Malarial fevers
Disease focus: Malaria
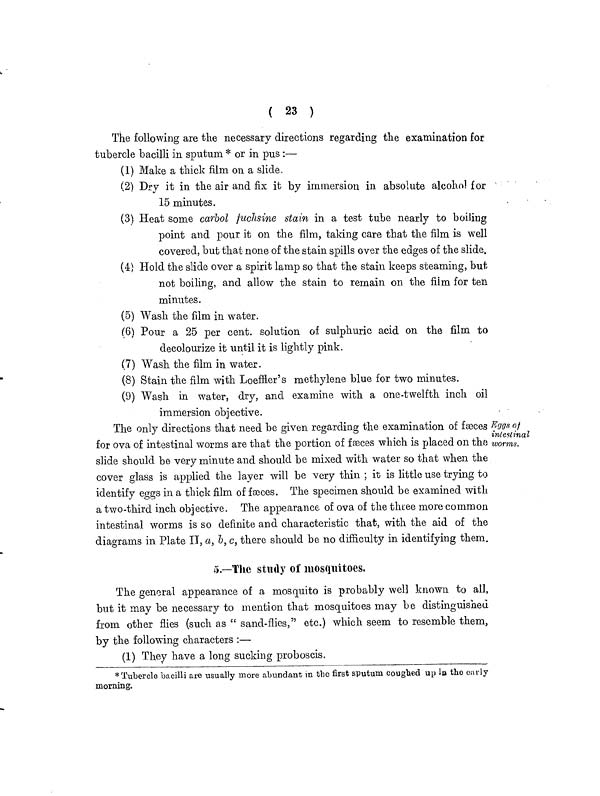
( 23 )
The following are the necessary directions regarding the examination for
tubercle bacilli in sputum * or in pus :—
(1) Make a thick film on a slide.
(2) Dry it in the air and fix it by immersion in absolute alcohol for
15 minutes.
(3) Heat some carbol fuchsine stain in a test tube nearly to boiling
point and pour it on the film, taking care that the film is well
covered, but that none of the stain spills over the edges of the slide.
(4) Hold the slide over a spirit lamp so that the stain keeps steaming, but
not boiling, and allow the stain to remain on the film for ten
minutes.
(5) Wash the film in water.
(6) Pour a 25 per cent. solution of sulphuric acid on the film to
decolourize it until it is lightly pink.
(7) Wash the film in water.
(8) Stain the film with Loeffier's methylene blue for two minutes.
(9) Wash in water, dry, and examine with a one-twelfth inch oil
immersion objective.
Eggs of
intestinal
worms.
The only directions that need be given regarding the examination of faeces
for ova of intestinal worms are that the portion of fæces which is placed on the
slide should be very minute and should be mixed with water so that when the
cover glass is applied the layer will be very thin ; it is little use trying to
identify eggs in a thick film of fæces. The specimen should be examined with
a two-third inch objective. The appearance of ova of the three more common
intestinal worms is so definite and characteristic that, with the aid of the
diagrams in Plate II, a, 6, c, there should be no difficulty in identifying them.
5.—The study of mosquitoes,
The general appearance of a mosquito is probably well known to all,
but it may be necessary to mention that mosquitoes may be distinguished
from other flies (such as " sand-flies," etc.) which seem to resemble them,
by the following characters :—
(1) They have a long sucking proboscis.
* Tubercle bacilli are usually more abundant in the first sputum coughed up in the early
morning.